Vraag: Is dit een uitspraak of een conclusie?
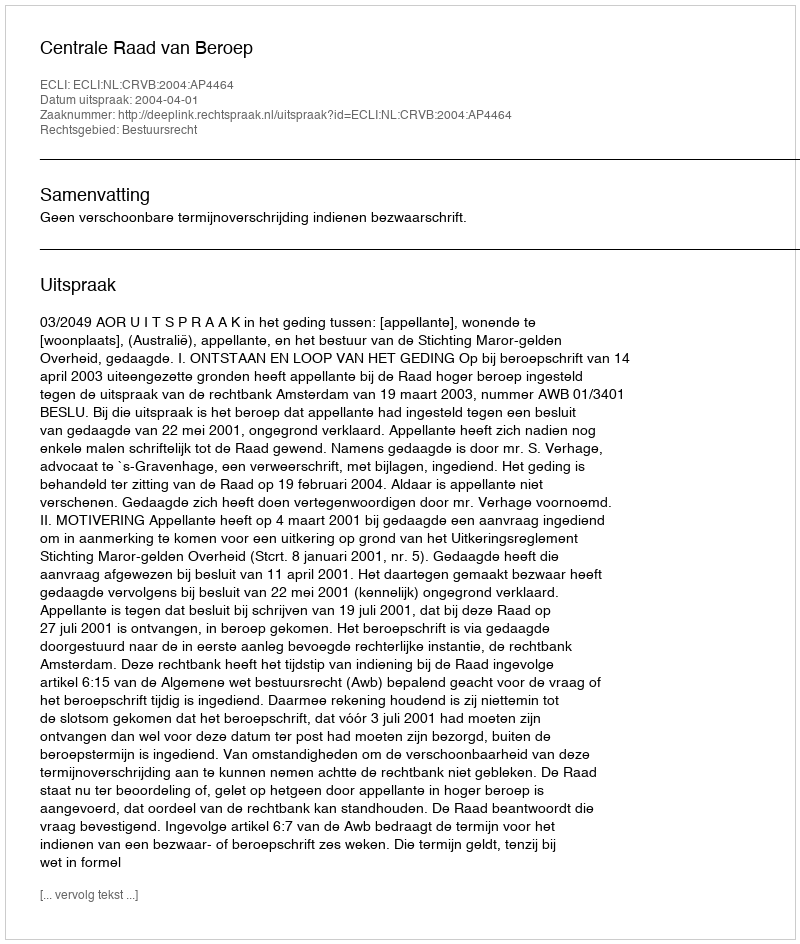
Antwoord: Uitspraak